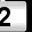
Digit: 2